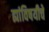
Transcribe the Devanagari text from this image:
ह्यांविषयीचे